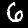
Digit: 6